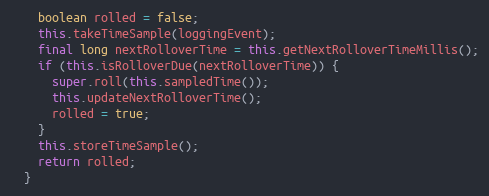
Language: Java
    boolean rolled = false;
    this.takeTimeSample(loggingEvent);
    final long nextRolloverTime = this.getNextRolloverTimeMillis();
    if (this.isRolloverDue(nextRolloverTime)) {
      super.roll(this.sampledTime());
      this.updateNextRolloverTime();
      rolled = true;
    }
    this.storeTimeSample();
    return rolled;
  }